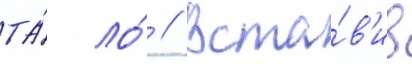
та́ ло́ // Вста́в'ив